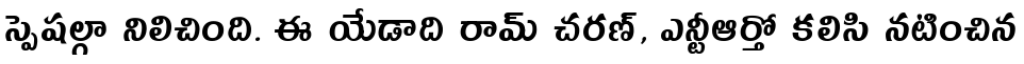
స్పెషల్గా నిలిచింది. ఈ యేడాది రామ్ చరణ్, ఎన్టీఆర్తో కలిసి నటించిన